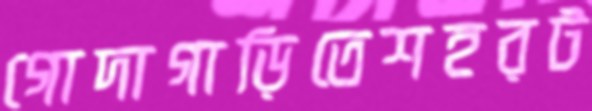
গোদাগাড়িতেশহরট